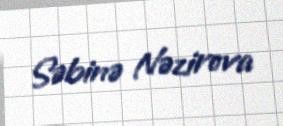
Səbinə Nəzirova